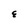
Character: E